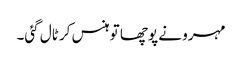
مہرو نے پوچھا تو ہنس کر ٹال گئی۔